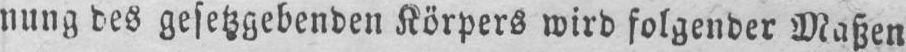
nung des gesetzgebenden Körpers wird folgender Maßen